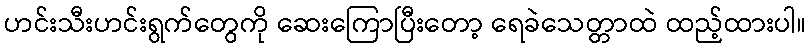
ဟင်းသီးဟင်းရွက်တွေကို ဆေးကြောပြီးတော့ ရေခဲသေတ္တာထဲ ထည့်ထားပါ။